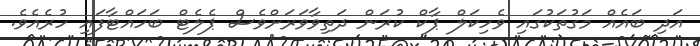
އަދި ބައެއް މަގުތަކުގައި ވެހިކަލް ޕާކް ކުރަން ދަތިވާވަރަށްވެސް ޕެލެޓް ބަހައްޓާފައި ހުރެއެވެ.